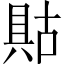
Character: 𱏶